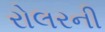
રોલરની